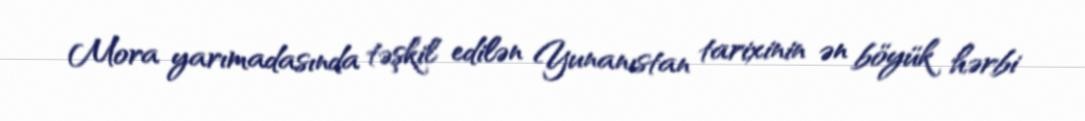
Mora yarımadasında təşkil edilən Yunanıstan tarixinin ən böyük hərbi